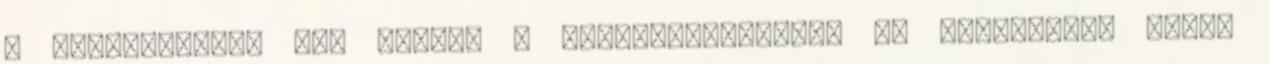
a szüleinktől, mit hozunk a gyerekkorunkból. Ha alapvetően sosem